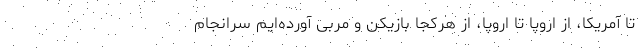
تا آمریکا، از اروپا تا اروپا، از هرکجا بازیکن و مربی آورده‌ایم سرانجام